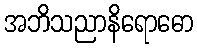
အဘိသညာနိရောဓော